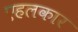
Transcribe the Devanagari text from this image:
एहलकार